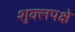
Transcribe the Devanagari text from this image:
शुक्लपक्षे